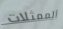
الممثلات